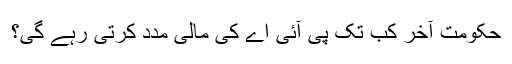
حکومت آخر کب تک پی آئی اے کی مالی مدد کرتی رہے گی؟